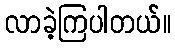
လာခဲ့ကြပါတယ်။